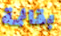
بقائمة